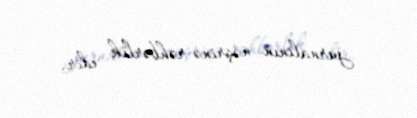
jurnalının nəşrinə rəhbərlik edir.